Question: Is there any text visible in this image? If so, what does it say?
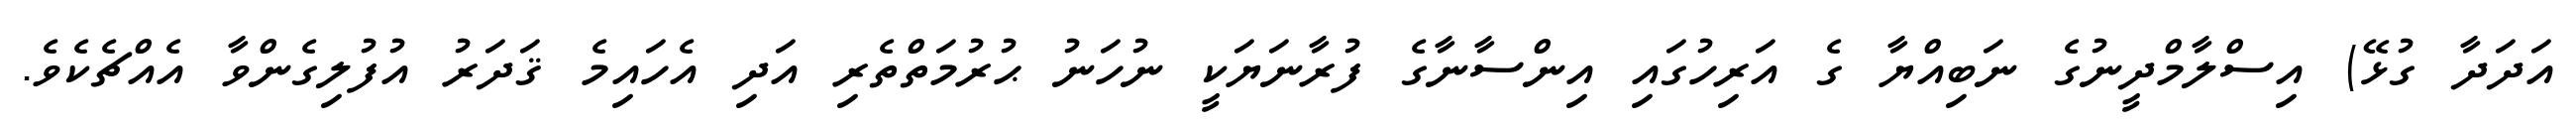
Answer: އަދަދާ ގުޅޭ) އިސްލާމްދީނުގެ ނަބިއްޔާ ގެ އަރިހުގައި އިންސާނާގެ ފުރާނަޔަކީ ނުހަނު ޙުރުމަތްތެރި އަދި އެހައިމެ ޤަދަރު އުފުލިގެންވާ އެއްޗެކެވެ.